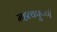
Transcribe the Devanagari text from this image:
महत्वपूर्ण्ण